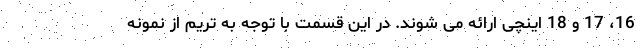
16، 17 و 18 اینچی ارائه می شوند. در این قسمت با توجه به تریم از نمونه